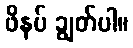
ဖိနပ် ချွတ်ပါ။